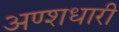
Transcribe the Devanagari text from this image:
अण्शधारी